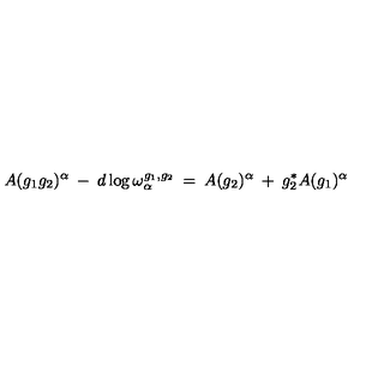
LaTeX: A ( g _ { 1 } g _ { 2 } ) ^ { \alpha } \: - \: d \log \omega _ { \alpha } ^ { g _ { 1 } , g _ { 2 } } \: = \: A ( g _ { 2 } ) ^ { \alpha } \: + \: g _ { 2 } ^ { * } A ( g _ { 1 } ) ^ { \alpha }